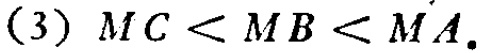
(3) \(MC < MB < MA\).